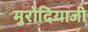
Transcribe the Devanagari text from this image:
मुरोदियाजी